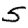
Digit: 5